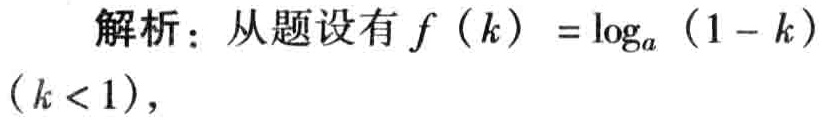
解析：从题设有 \(f(k)=\log_{a}(1 - k)\) \((k < 1)\)，